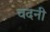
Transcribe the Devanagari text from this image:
वदनी